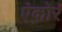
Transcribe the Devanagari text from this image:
एंकोर